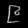
Digit: ၉